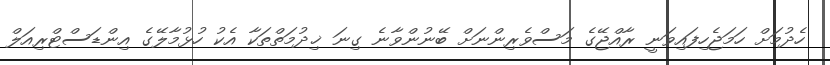
ހެދުމަށް ހަމަޖެހިފައިވަނީ ރާއްޖޭގެ މަސްވެރިންނަށް ބޭނުންވާނެ ގިނަ ޚިދުމަތްތަކާ އެކު ހުޅުމާލޭގެ އިންޑަސްޓްރިއަލް